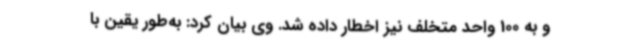
و به 100 واحد متخلف نیز اخطار داده شد. وی بیان کرد: به‌طور یقین با